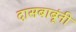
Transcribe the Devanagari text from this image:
दासबाबूंनी